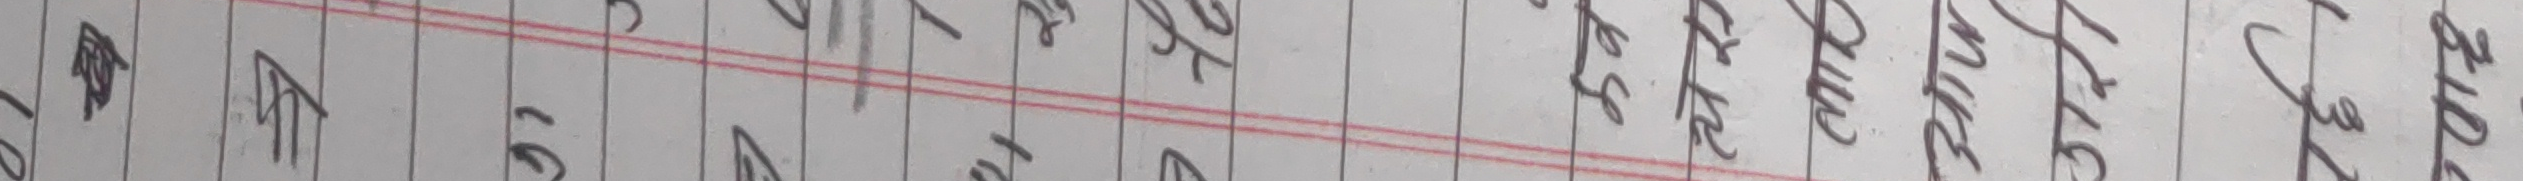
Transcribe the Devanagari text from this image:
आरम्भ जागिर नौकरी सुरु छोटकरी अल्प उद्यम निबन्ध व्यापार अध्यापन